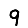
Digit: 9